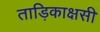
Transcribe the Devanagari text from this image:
ताड़िकाक्षसी